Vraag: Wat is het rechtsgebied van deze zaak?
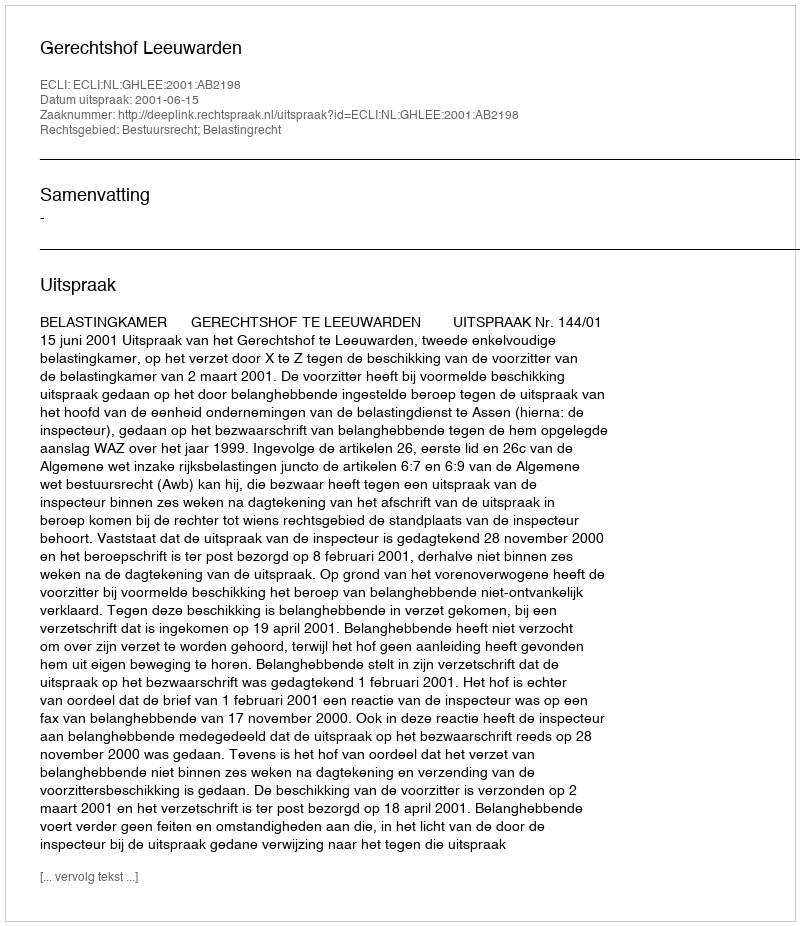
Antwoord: Bestuursrecht; Belastingrecht